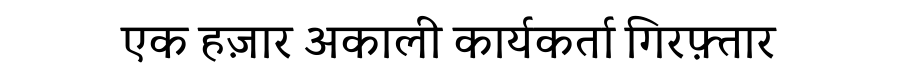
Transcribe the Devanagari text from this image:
एक हज़ार अकाली कार्यकर्ता गिरफ़्तार